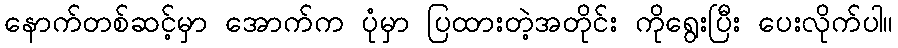
နောက်တစ်ဆင့်မှာ အောက်က ပုံမှာ ပြထားတဲ့အတိုင်း ကိုရွေးပြီး ပေးလိုက်ပါ။